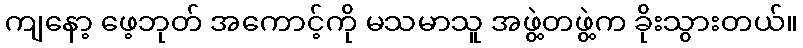
ကျနော့ ဖေ့ဘုတ် အကောင့်ကို မသမာသူ အဖွဲ့တဖွဲ့က ခိုးသွားတယ်။